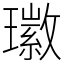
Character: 𤪖